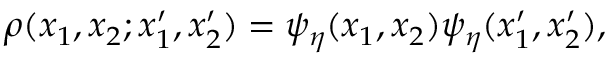
\rho ( x _ { 1 } , x _ { 2 } ; x _ { 1 } ^ { \prime } , x _ { 2 } ^ { \prime } ) = \psi _ { \eta } ( x _ { 1 } , x _ { 2 } ) \psi _ { \eta } ( x _ { 1 } ^ { \prime } , x _ { 2 } ^ { \prime } ) ,